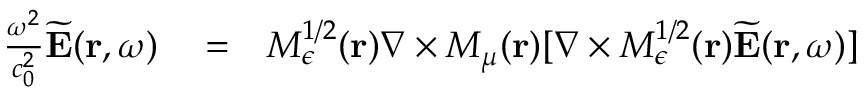
\begin{array} { r l r } { \frac { \omega ^ { 2 } } { c _ { 0 } ^ { 2 } } \widetilde { \bf E } ( { \bf r } , \omega ) } & { { } = } & { M _ { \epsilon } ^ { 1 / 2 } ( { \bf r } ) \nabla \times M _ { \mu } ( { \bf r } ) [ \nabla \times M _ { \epsilon } ^ { 1 / 2 } ( { \bf r } ) \widetilde { \bf E } ( { \bf r } , \omega ) ] } \end{array}